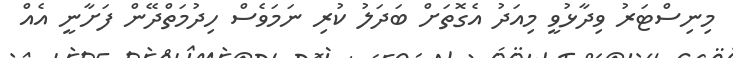
މިނިސްޓަރު ވިދާޅުވީ މިއަދު އެގޮތަށް ބަދަލު ކުރި ނަމަވެސް ހިދުމަތްދޭން ފަށާނީ އެއް